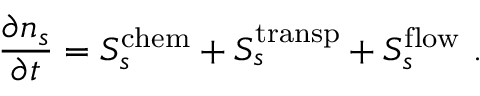
\frac { \partial n _ { s } } { \partial t } = S _ { s } ^ { \mathrm { c h e m } } + S _ { s } ^ { \mathrm { t r a n s p } } + S _ { s } ^ { \mathrm { f l o w } } \ .